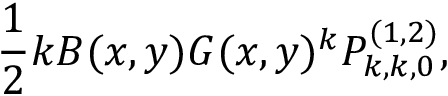
\frac { 1 } { 2 } k B ( x , y ) G ( x , y ) ^ { k } P _ { k , k , 0 } ^ { ( 1 , 2 ) } ,